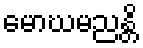
မောဃမညန္တိ